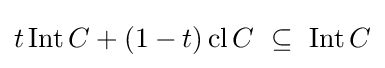
t\operatorname {Int} C+(1-t)\operatorname {cl} C~\subseteq ~\operatorname {Int} C